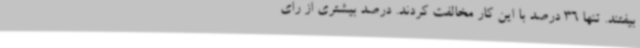
بیفتند. تنها 36 درصد با این کار مخالفت کردند. درصد بیشتری از رای